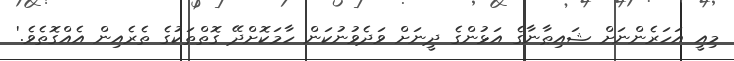
މިއީ އަހަރެންނަށް ޝައިޠާނާގެ އަޅުންގެ ދީނަށް ވަދެވުނުކަން ހާމަކޮށްދޭ ގޮތްތަކުގެ ތެރެއިން އެއްގޮތެވެ.'